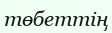
төбеттің